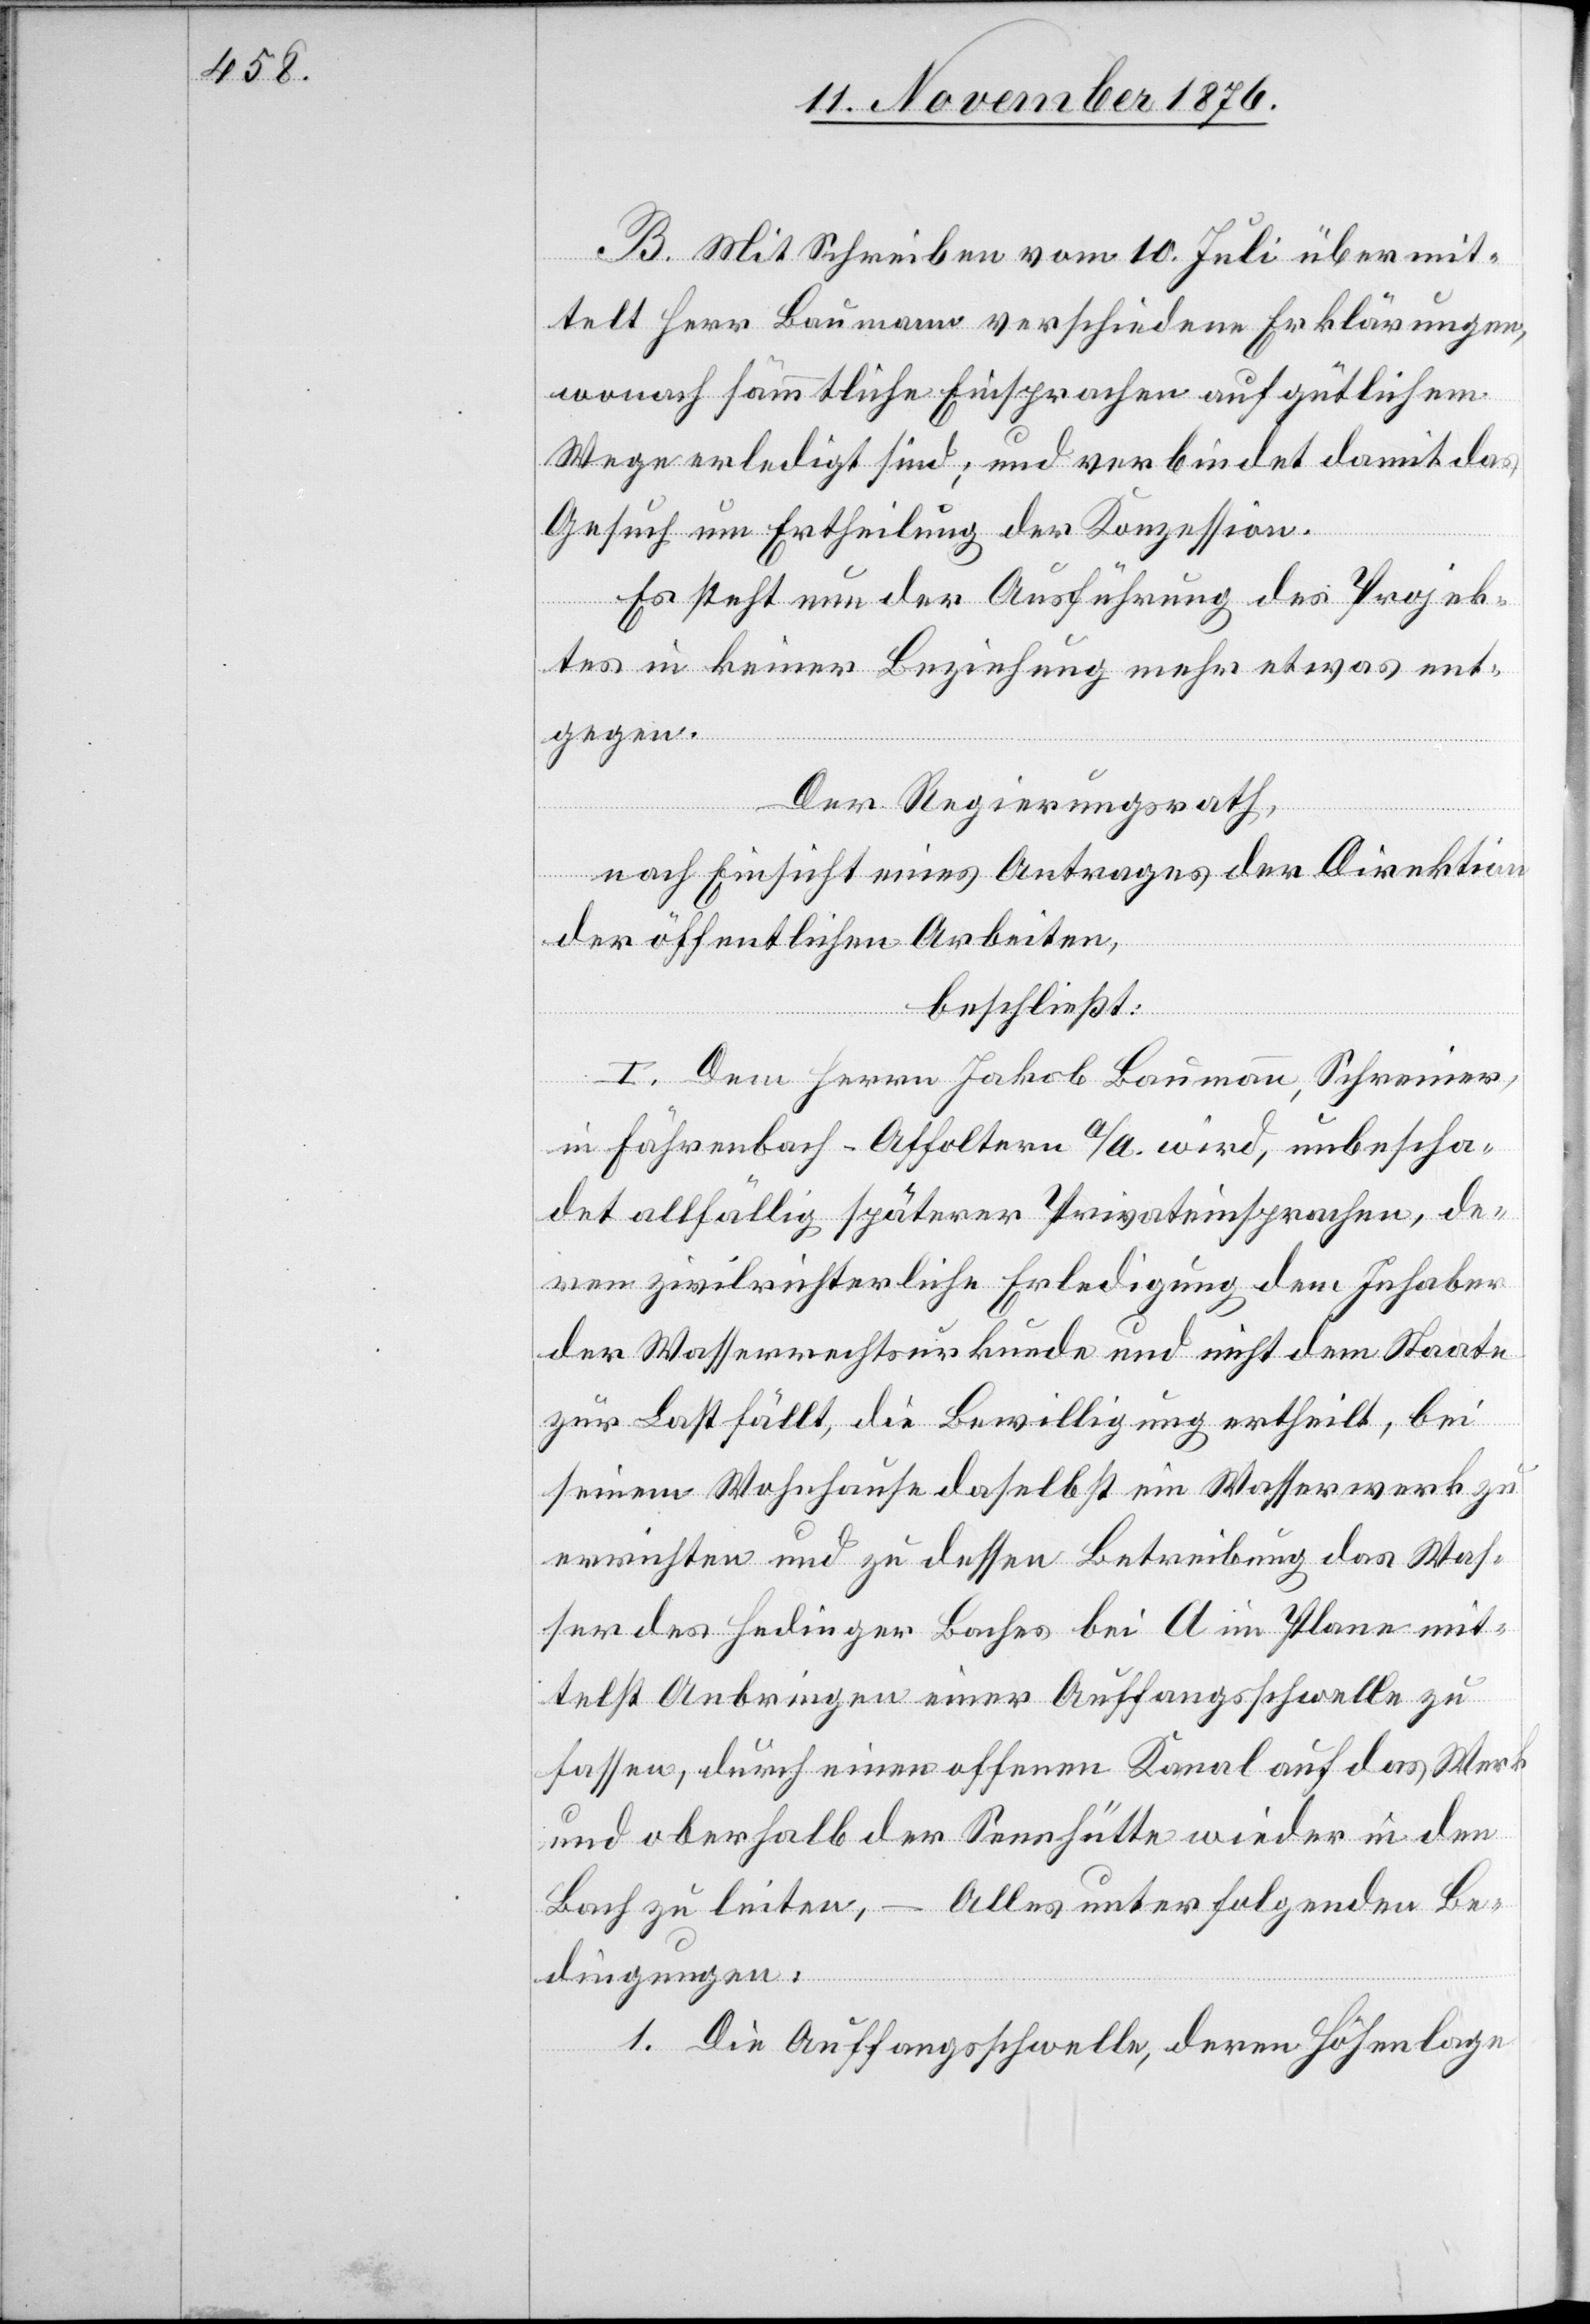
B. Mit Schreiben vom 10. Juli übermit¬
telt Herr Baumann verschiedene Erklärungen,
wonach sämmtliche Einsprachen auf gütlichem
Wege erledigt sind; und verbindet damit das
Gesuch um Ertheilung der Konzession.
Es steht nun der Ausführung des Projek¬
tes in keiner Beziehung mehr etwas ent¬
gegen.
Der Regierungsrath,
nach Einsicht eines Antrages der Direktion
der öffentlichen Arbeiten,
beschließt:
I. Dem Herrn Jakob Baumann, Schreiner,
in Fährenbach - Affoltern a/A. wird, unbescha¬
det allfällig späterer Privateinsprachen, de¬
ren zivilrichterliche Erledigung dem Inhaber
der Wasserrechtsurkunde und nicht dem Staate
zur Last fällt, die Bewilligung ertheilt, bei
seinem Wohnhause daselbst ein Wasserwerk zu
errichten und zu dessen Betreibung das Was¬
ser des Hedinger Baches bei A im Plane mit¬
telst Anbringen einer Auffangsschwelle zu
fassen, durch einen offenen Kanal auf das Werk
und oberhalb der Sennhütte wieder in den
Bach zu leiten, – Alles unter folgenden Be¬
dingungen;
1. Die Auffangsschwelle, deren Höhenlage